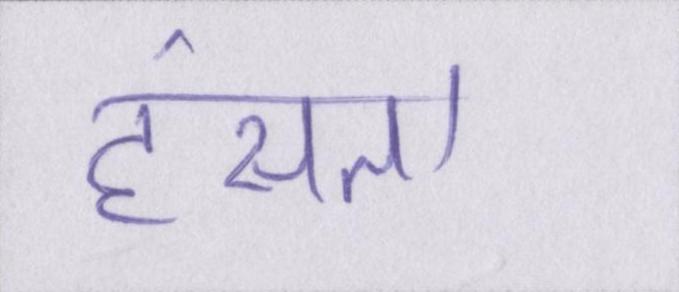
हंसता